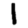
Digit: 1